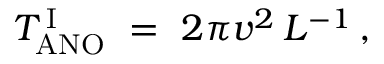
T _ { \mathrm { A N O } } ^ { \, \mathrm { I } } \ = \ { 2 \pi v ^ { 2 } } \, L ^ { - 1 } \, ,